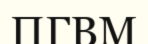
ПГВМ